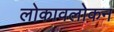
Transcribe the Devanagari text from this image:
लोकावलोकन